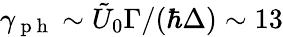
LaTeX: \gamma_{\mathrm{~p~h~}}\sim\tilde{U}_{0}\Gamma/(\hbar\Delta)\sim 13